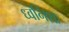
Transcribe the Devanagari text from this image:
ध्वनिशः